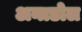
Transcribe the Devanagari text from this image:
अनाडोल